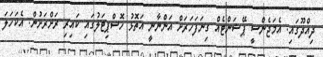
ދިއްދޫގައި. އެމަޖެންސީ ޕޭޝަންޓެއް ގިނަފަހަރަށް އަންނާނީ އަތޮޅު ހޮސްޕިޓަލުގައި ކައިރި ރަށްރަށުން. އެކަހަލަ